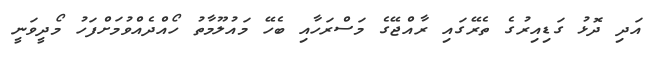
އަދި ދޮޅު ގަޑިއިރުގެ ތެރޭގައި ރާއްޖޭގެ މަސްރަހާއި ބެހޭ މައުލޫމާތު ހޯއްދެއްވުމަށްފަހު މޯދީވަނީ